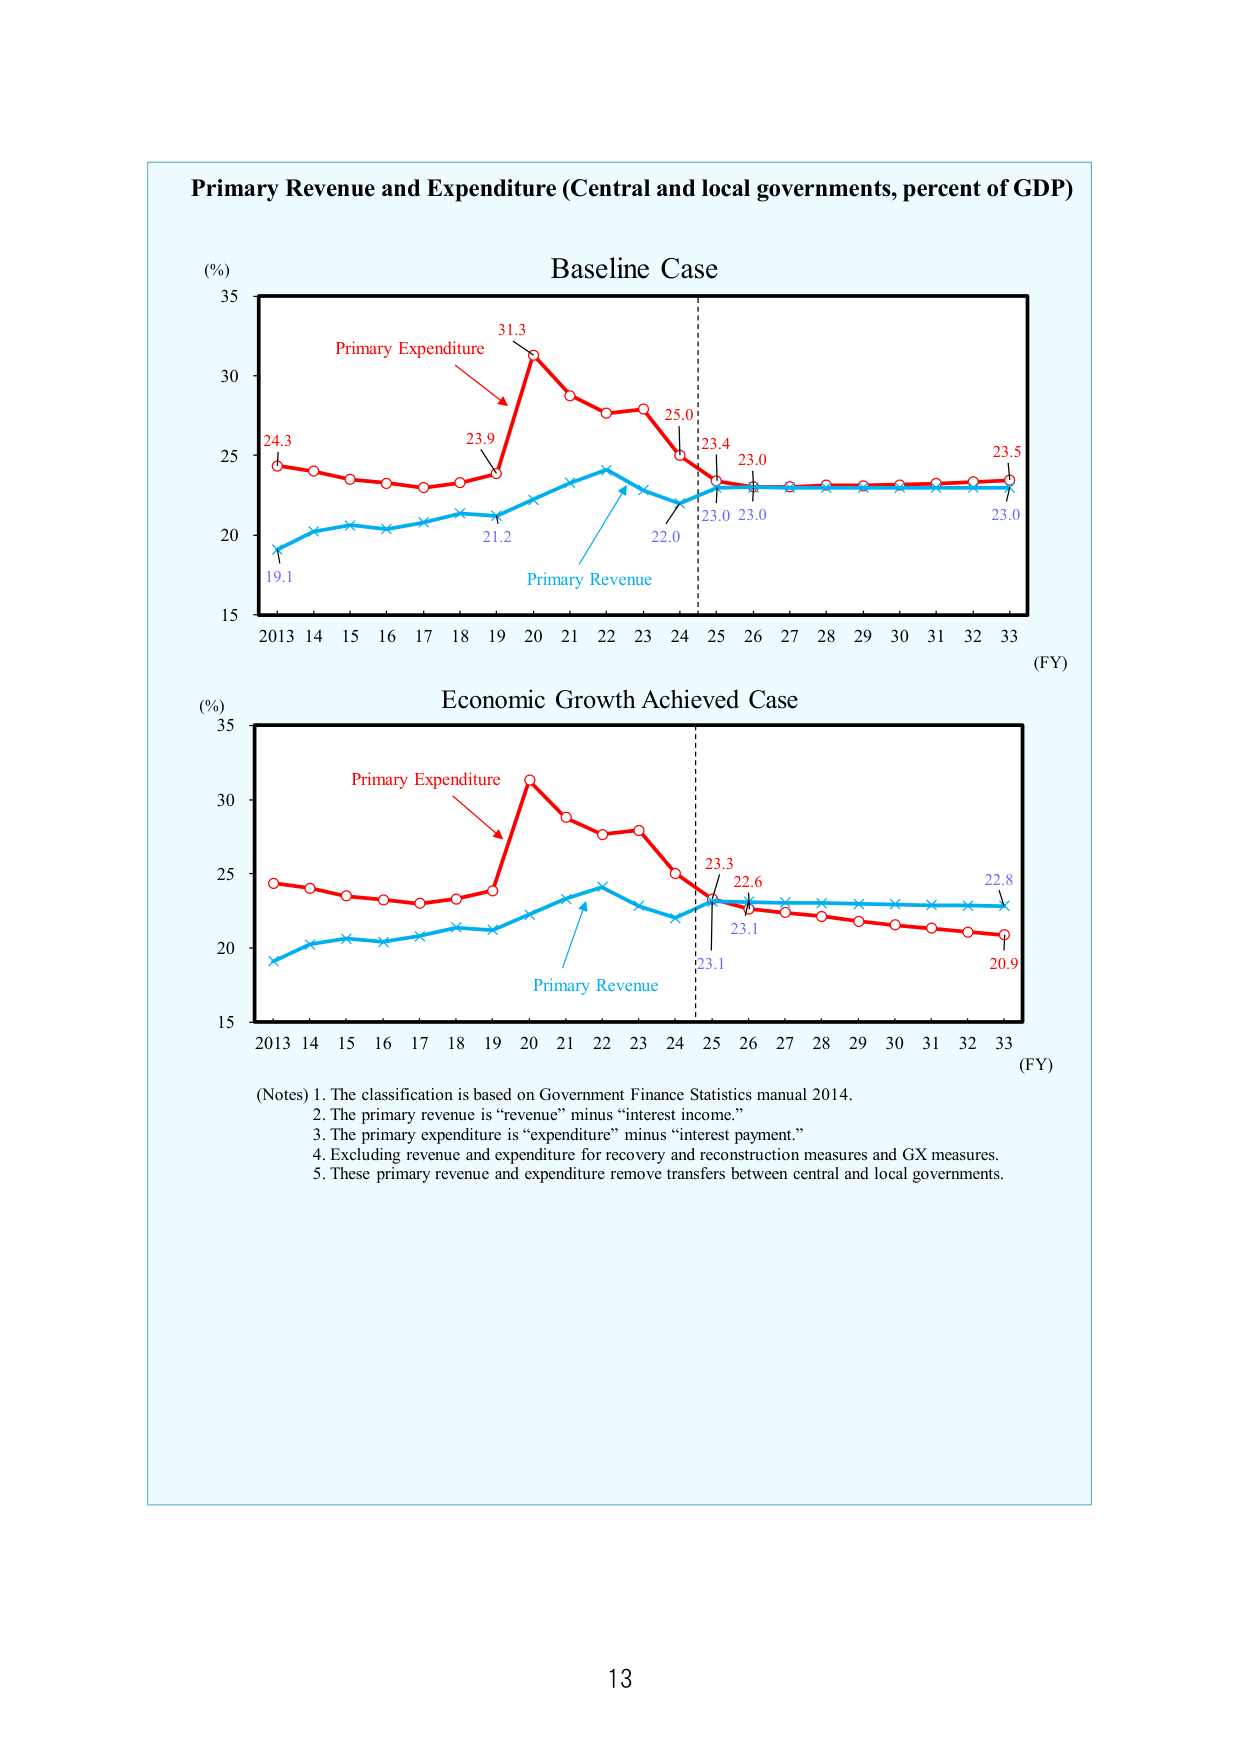
Primary Revenue and Expenditure (Central and local governments, percent of GDP)

Baseline Case

(%)
35
30
25
20
15

24.3
23.9
31.3
25.0
23.4
23.0
23.5
23.0
22.0
21.2
19.1

Primary Expenditure
Primary Revenue

2013 14 15 16 17 18 19 20 21 22 23 24 25 26 27 28 29 30 31 32 33
(FY)

Economic Growth Achieved Case

(%)
35
30
25
20
15

23.3
22.6
22.8
20.9
23.1
23.1

Primary Expenditure
Primary Revenue

2013 14 15 16 17 18 19 20 21 22 23 24 25 26 27 28 29 30 31 32 33
(FY)

(Notes)
1. The classification is based on Government Finance Statistics manual 2014.
2. The primary revenue is “revenue” minus “interest income.”
3. The primary expenditure is “expenditure” minus “interest payment.”
4. Excluding revenue and expenditure for recovery and reconstruction measures and GX measures.
5. These primary revenue and expenditure remove transfers between central and local governments.

13